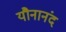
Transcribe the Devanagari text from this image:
यौनानंद